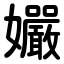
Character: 孍